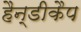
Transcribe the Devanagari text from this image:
हैन्डीकैप